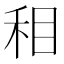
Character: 𰥚